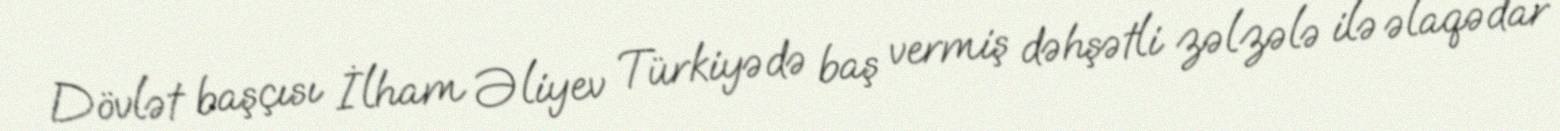
Dövlət başçısı İlham Əliyev Türkiyədə baş vermiş dəhşətli zəlzələ ilə əlaqədar